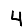
Digit: 4